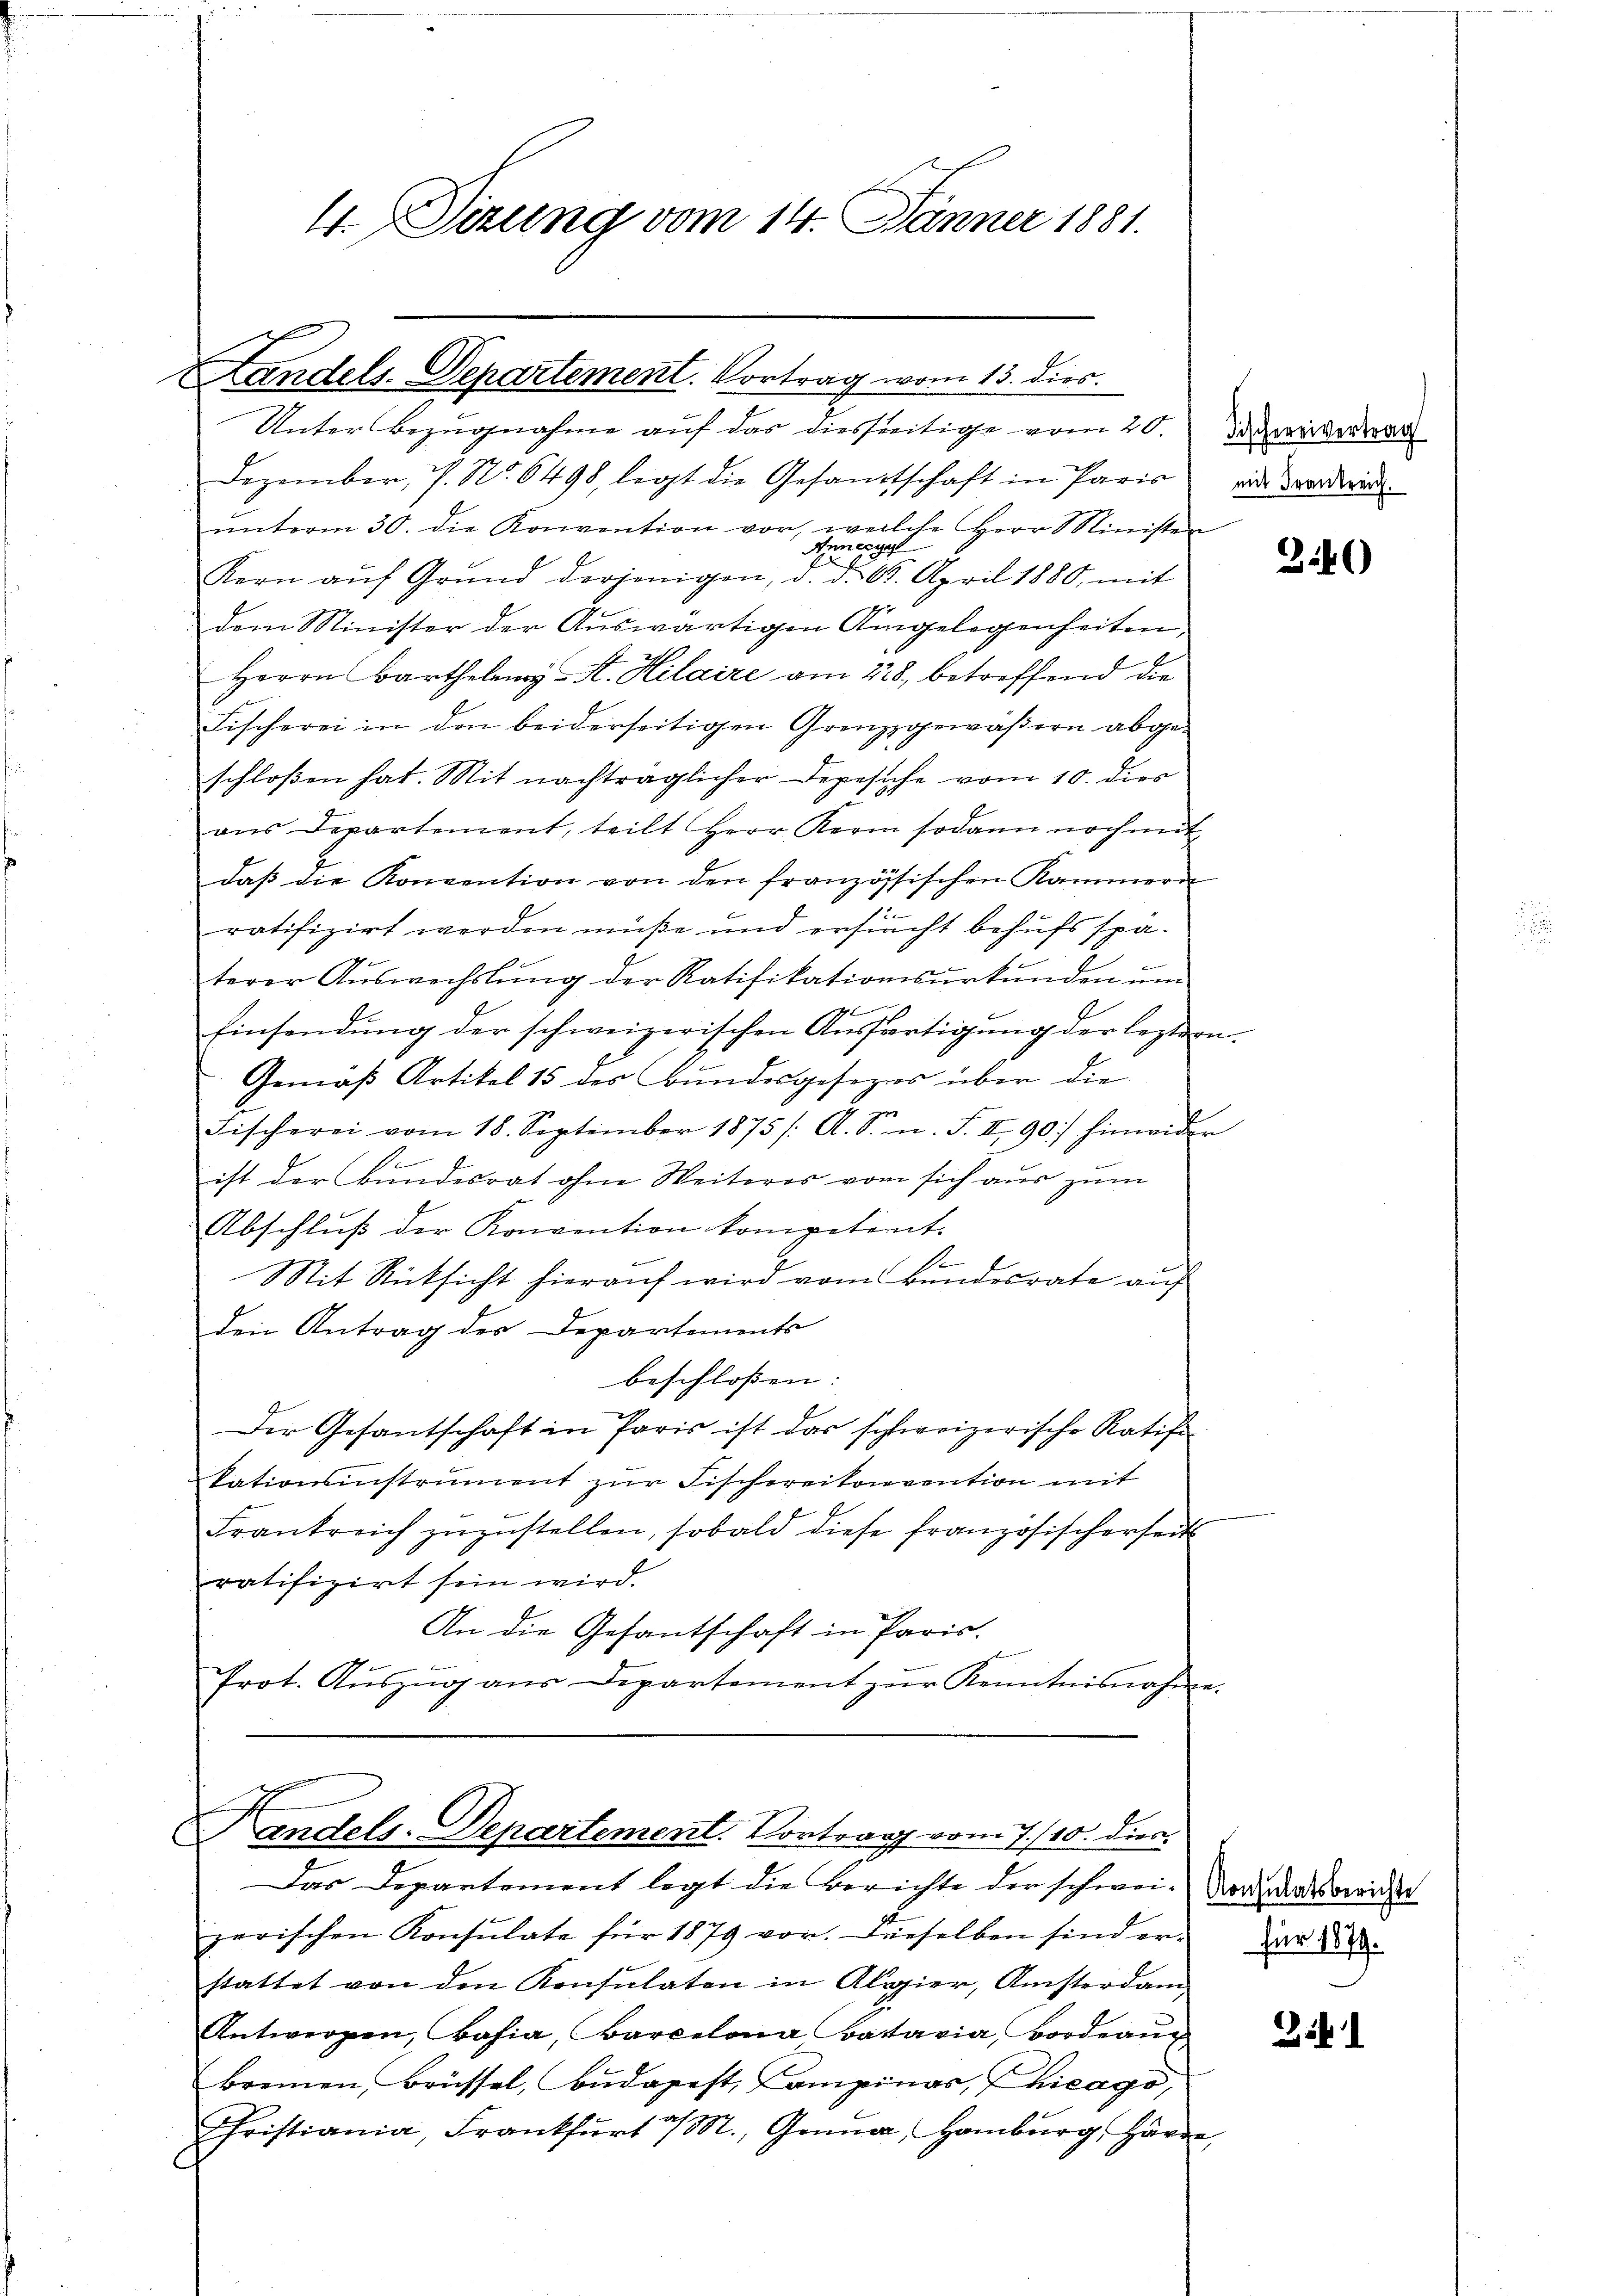
4. Sizung vom 14. Jänner 1881.

Landels-Departement. Vortrag vom 13. dies
Unter Bezugnahme auf das diesseitige vom 20. Da wir vertra
Dezember, P. Nr. 6498, legt die Gesandtschaft in Paris die Verd
ŭnterm 30. die Konvention vor, welche Herr Ministen
Aeneggel
Kern aŭf Grŭnd derjenigen, d. d. 6. April 1880, mit
dem Minister der Auswärtigen Umgelegenheiten,
Herrn Barthelen-F. Hilaire am 228, betreffend die
Fischerei in den beiderseitigen Grenzzgewäßern abgeschloßen hat. Mit nachträglicher Depesche vom 10. dies
ans Departement, teilt Herr Kern sodann nochmit
daβ die Konvention von den französischen Kammern
1
ratifizirt werden müße und ersucht behufs spaterer Aŭswechslung der Ratifikationssŭrkŭnden ŭm

Einsendŭng der schweizerischen Aŭsfertigŭng der leztern.
Gemäβ Artikel 15 des Bŭndesgesezes über die
ge
Fischerei vom 18. September 1875 /: A. S. n. F. II, 90) hinwider
ist der Bundesrat ohne Weiteres vom sich aus zum
Abschluß der Konvention kompetent.
e
Mit Rücksicht hierauf wird vom Bundesrate auf
den Antrag des Departements
beschlossen:
Der Gesantschaft in Paris ist das schweizerische Ratifikationsinstrument zŭr Fischereitonvention mit
Frankreich zŭzŭstellen, sobald diese französischerheit
ratifizirt sein wird.
An die Gesantschaft in Paris.
Prot. Aŭszŭg ans Departement zur Kenntnisnahme.

Handels-Departement. Vortrag vom 7./10. dies
Das Departement legt die Berichte der schwei-Nordatsgericht

zerischen Konsulate für 1879 vor. Dieselben sind er-
stattet von den Konsulaten in Alozier, Ansterdam
Antwerpen, Bahia, Barcelona Kataria, Bordrang
brennen, Brüssel, Budapest, Campinas, Chicago,
Fristiania, Frankfurt a/M., Gonna, Hamburg, Härde,

2146)

für 1879.